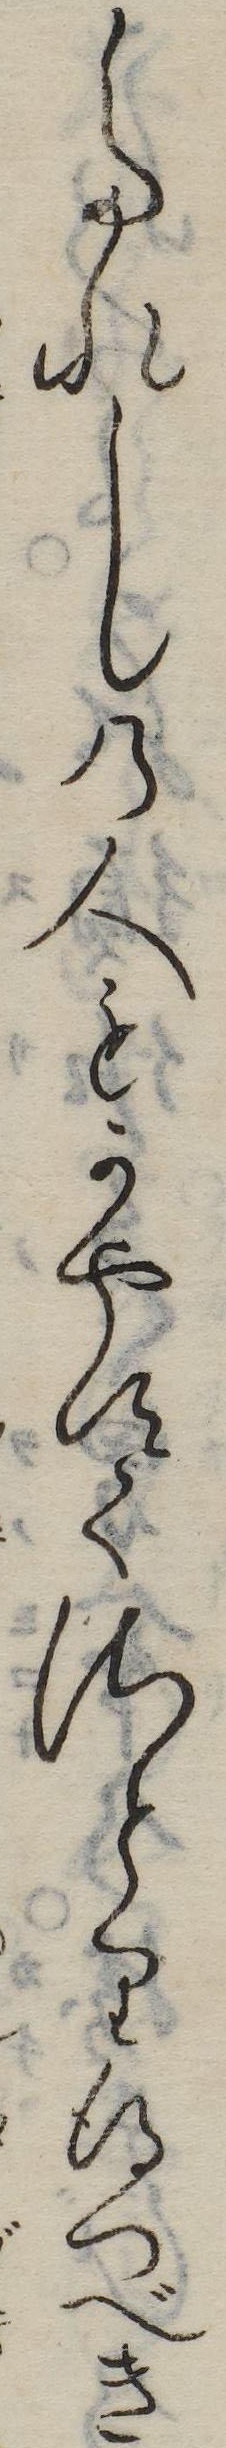
たれしの人もかやすくさとり得つべき